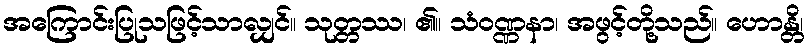
အကြောင်းပြုသဖြင့်သာလျှင်။ သုတ္တဿ၊ ၏။ သံဝဏ္ဏနာ၊ အဖွင့်တို့သည်။ ဟောန္တိ၊